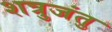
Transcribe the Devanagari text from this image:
शत्रुजंतु